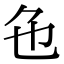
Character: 𬼜